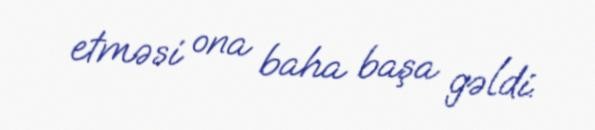
etməsi ona baha başa gəldi.